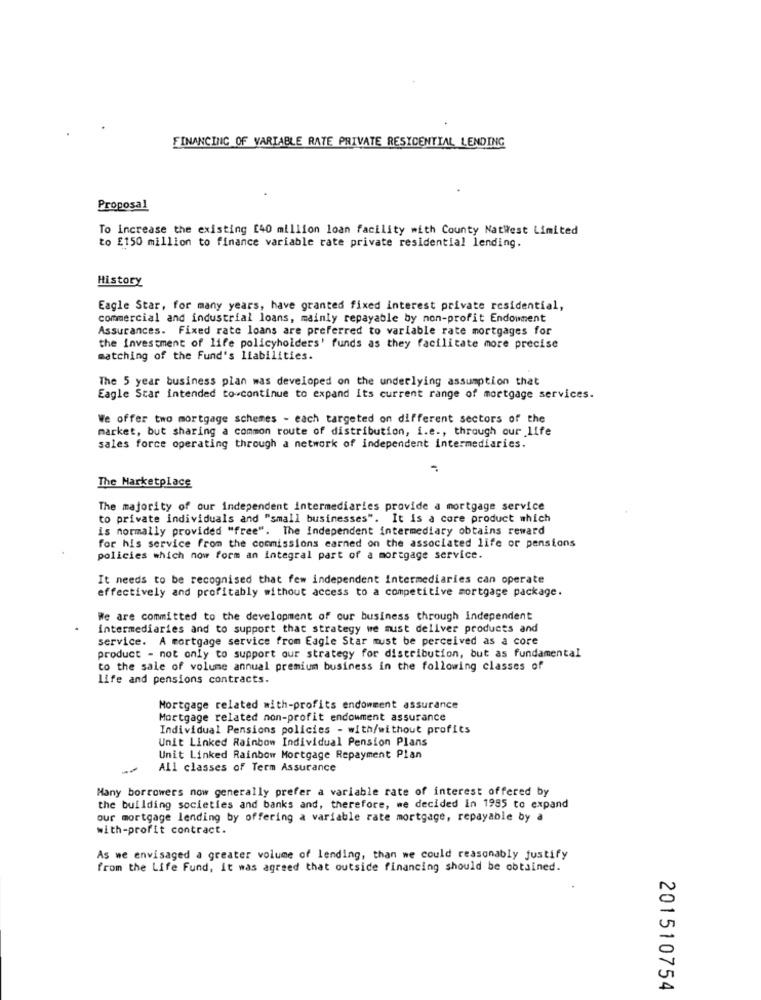
FINANCING OF VARIABLE RATE PRIVATE RESIDENTIAL LENDING
Proposal
To Increase the existing [40 million loan facility with County NatWest Limited
to £150 million to finance variable rate private residential lending.
History
Eagle Star, for many years, have granted fixed interest private residential,
commercial and industrial loans, mainly repayable by non-profit Endowment
Assurances. Fixed rate loans are preferred to variable rate mortgages for
the investment of life policyholders' funds as they facilitate more precise
matching of the Fund's liabilities.
The 5 year business plan was developed on the underlying assumption that
Eagle Star intended to continue to expand its current range of mortgage services.
We offer two mortgage schemes - each targeted on different sectors of the
market, but sharing a common route of distribution, i.e ., through our life
sales force operating through a network of independent intermediaries.
The Marketplace
The majority of our independent intermediaries provide a mortgage service
to private individuals and "small businesses". It is a core product which
is normally provided "free". The Independent intermediary obtains reward
for his service from the commissions earned on the associated life or pensions
policies which now form an integral part of a mortgage service.
It needs to be recognised that few independent intermediaries can operate
effectively and profitably without access to a competitive mortgage package.
We are committed to the development of our business through Independent
intermediaries and to support that strategy we must deliver products and
service. A mortgage service from Eagle Star must be perceived as a core
product - not only to support our strategy for distribution, but as fundamental
to the sale of volume annual premium business in the following classes of
life and pensions contracts.
Mortgage related with-profits endowment assurance
Mortgage related non-profit endowment assurance
Individual Pensions policies - with/without profits
Unit Linked Rainbow Individual Pension Plans
Unit Linked Rainbow Mortgage Repayment Plan
All classes of Term Assurance
Many borrowers now generally prefer a variable rate of interest offered by
the building societies and banks and, therefore, we decided in 1985 to expand
our mortgage lending by offering a variable rate mortgage, repayable by a
with-profit contract.
As we envisaged a greater volume of lending, than we could reasonably justify
from the Life Fund, it was agreed that outside financing should be obtained.
201510754